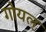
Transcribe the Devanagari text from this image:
गोयल्